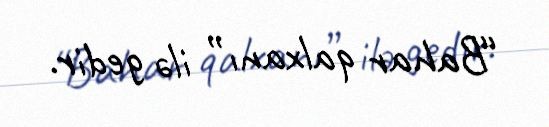
“Bahar qalxanı” ilə gedir.